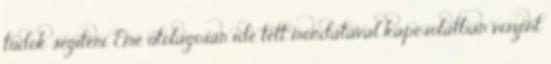
tudok segíteni. Eme utólagosan ide tett mondatával kapcsolatban viszont